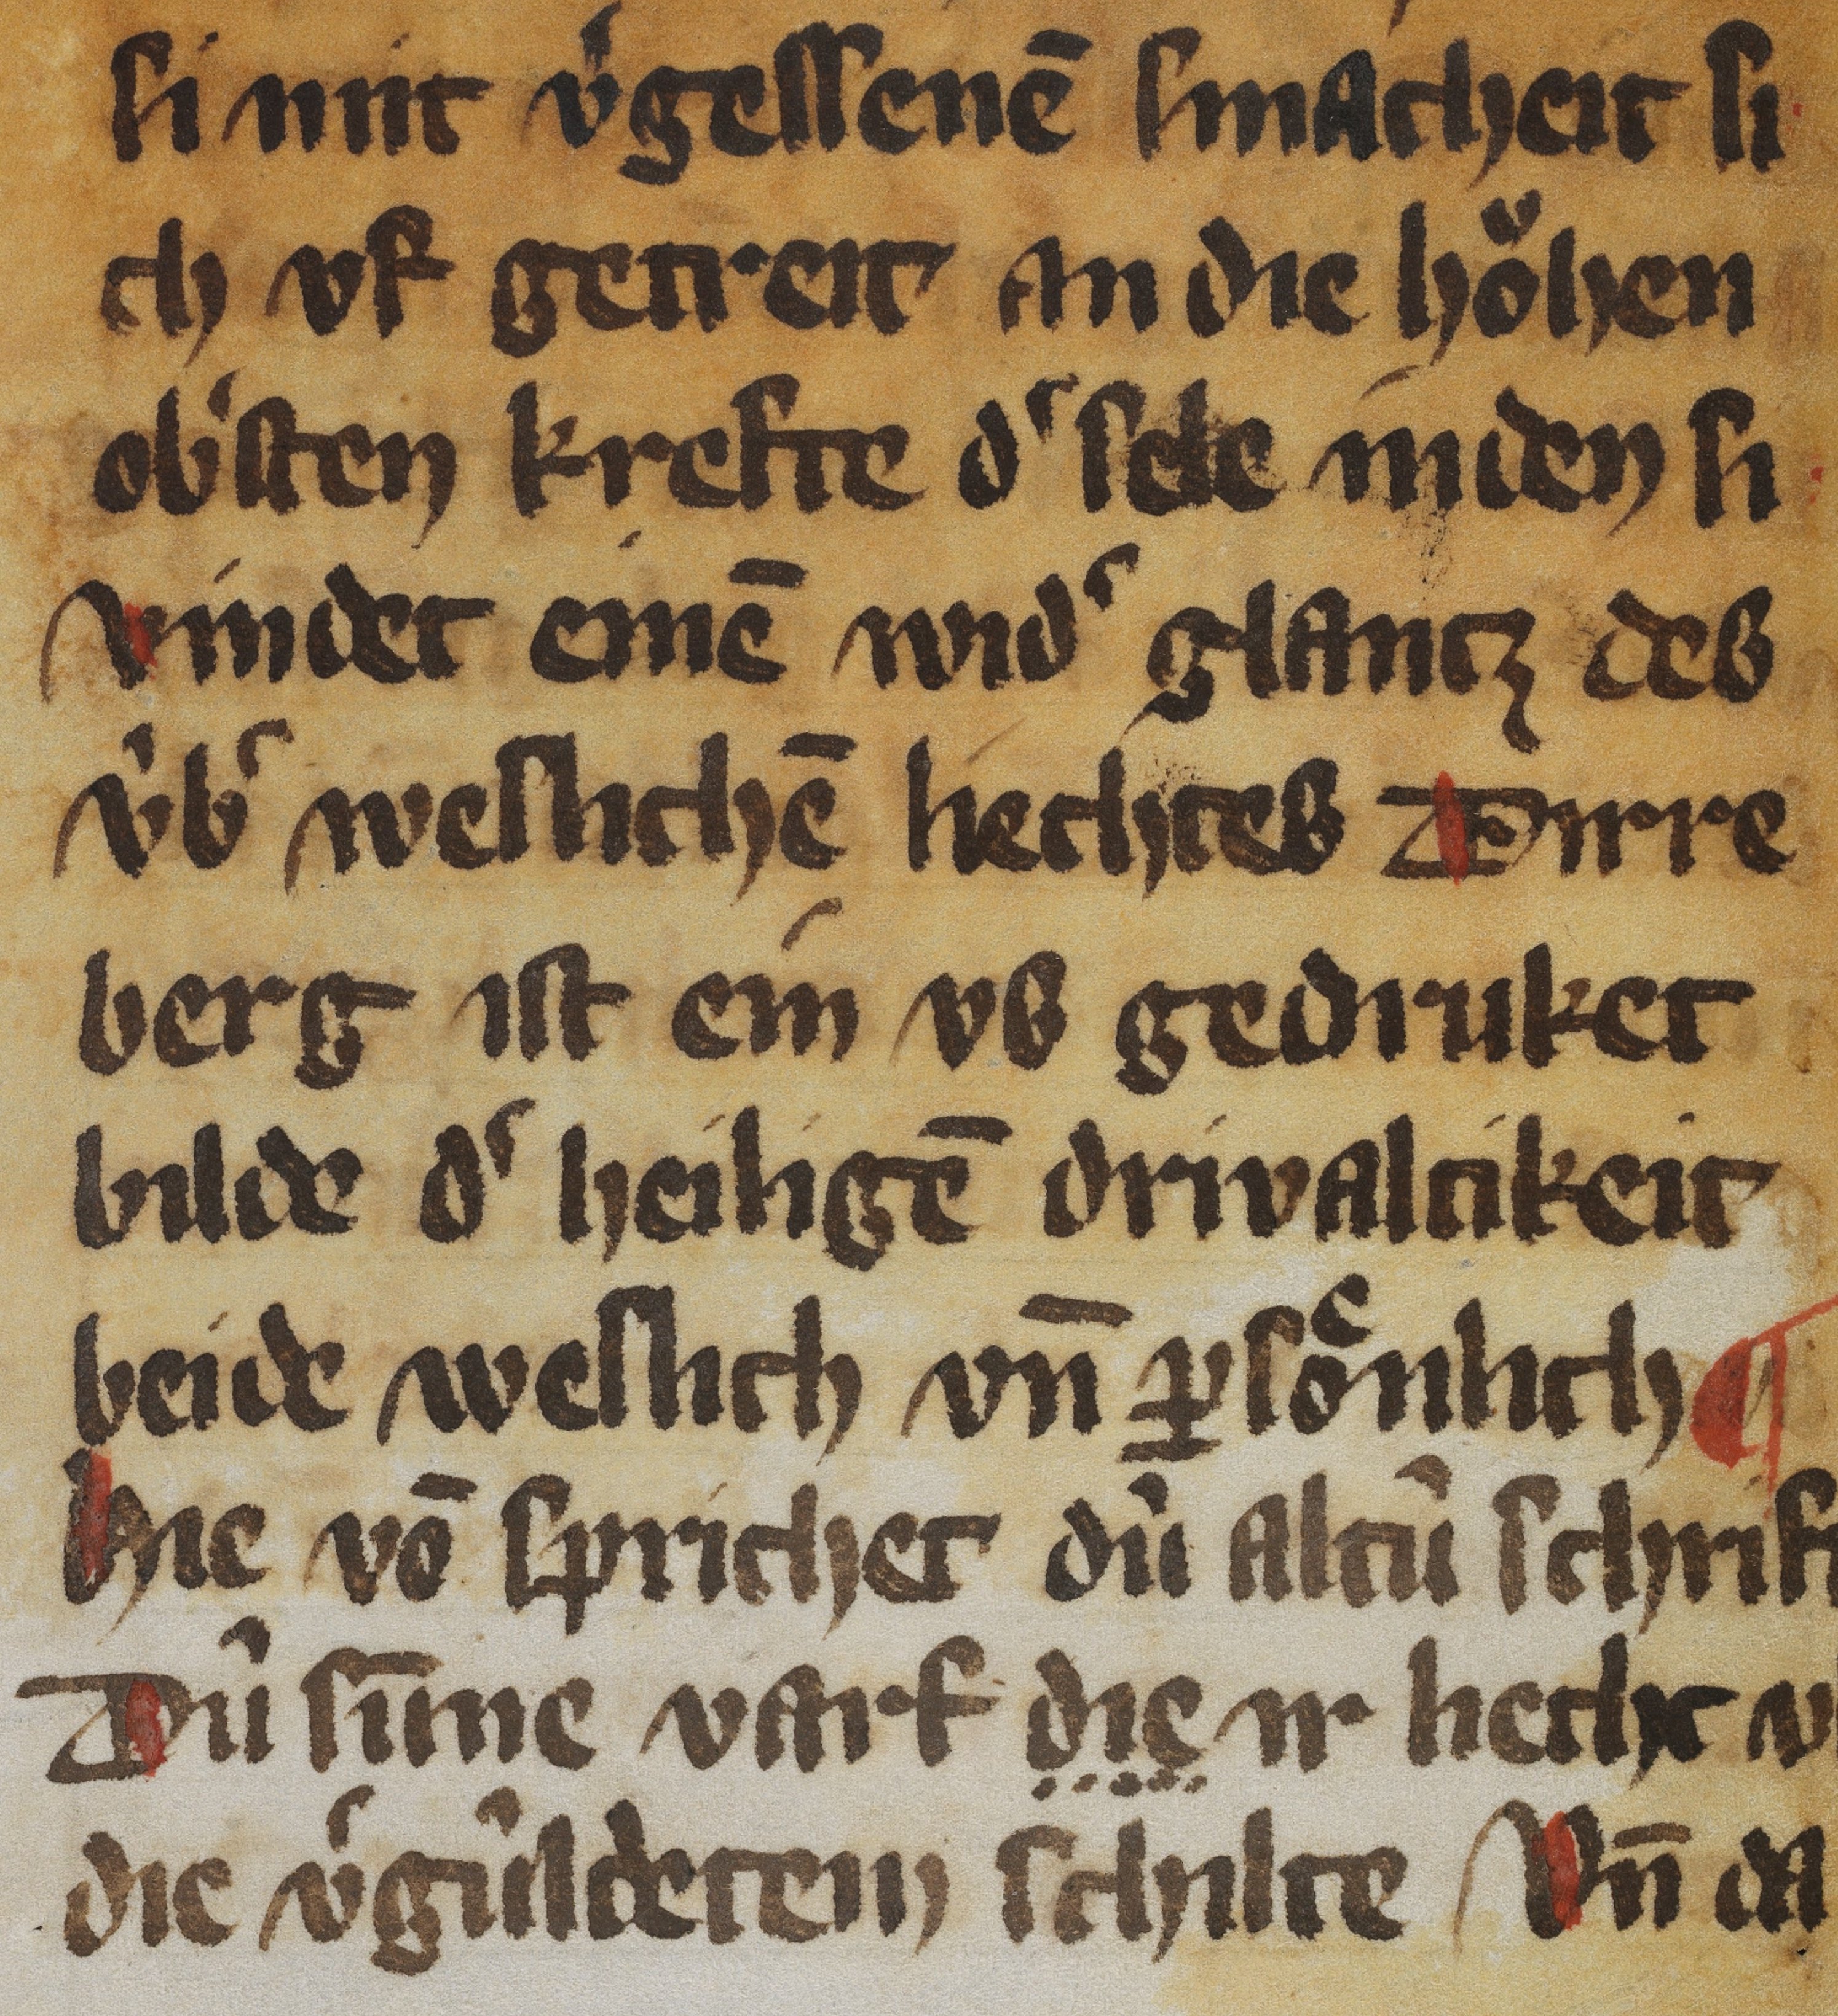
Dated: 1350–1399